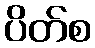
ပိတ်စ